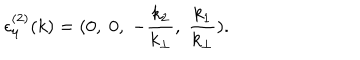
{ \epsilon } _ { \mu } ^ { ( 2 ) } ( k ) = ( 0 , \; 0 , \; - \frac { k _ { 2 } } { k _ { \bot } } , \; \frac { k _ { 1 } } { k _ { \bot } } ) .